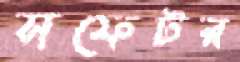
সফেটর